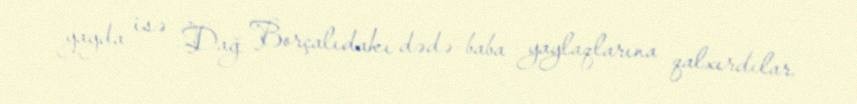
yayda isə Dağ Borçalıdakı dədə-baba yaylaqlarına qalxırdılar.